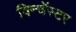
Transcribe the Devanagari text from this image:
विन्चॅस्टर